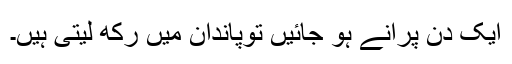
ایک دن پرانے ہو جائیں توپاندان میں رکھ لیتی ہیں۔